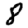
Digit: 8